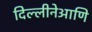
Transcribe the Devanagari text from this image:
दिल्लीनेआणि